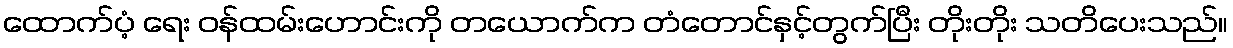
ထောက်ပံ့ ရေး ဝန်ထမ်းဟောင်းကို တယောက်က တံတောင်နှင့်တွက်ပြီး တိုးတိုး သတိပေးသည်။